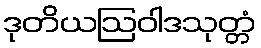
ဒုတိယဩဝါဒသုတ္တံ